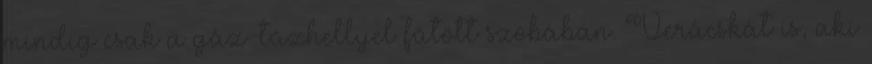
mindig csak a gáz-tûzhellyel fûtött szobában. Verácskát is, aki